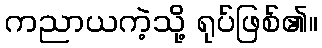
ကညာယကဲ့သို့ ရုပ်ဖြစ်၏။